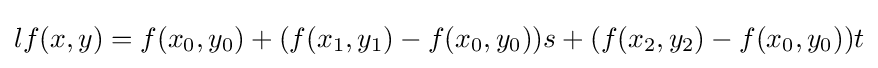
lf(x,y)=f(x_{0},y_{0})+(f(x_{1},y_{1})-f(x_{0},y_{0}))s+(f(x_{2},y_{2})-f(x_{0},y_{0}))t